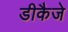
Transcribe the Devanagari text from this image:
डीकैजे